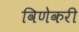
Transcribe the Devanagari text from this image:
विणेकरी